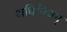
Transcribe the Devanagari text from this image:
अधिनियम्